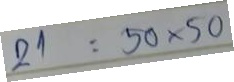
21 = 50x50